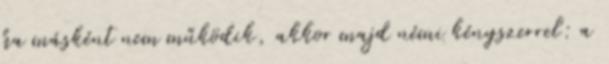
ha másként nem működik, akkor majd némi kényszerrel: a